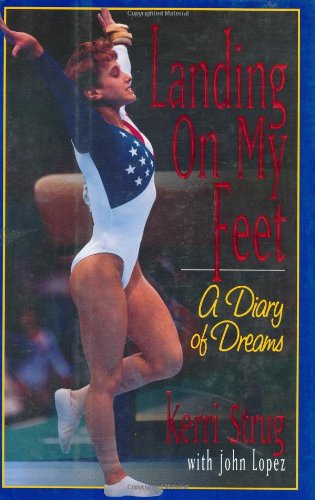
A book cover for Landing on My Feet: A Diary of Dreams; Kerri Strug; Sports & Outdoors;